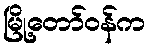
မြို့တော်ဝန်က